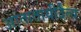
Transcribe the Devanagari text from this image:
आतातायीदैत्य